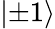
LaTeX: \left|\pm 1\right\rangle